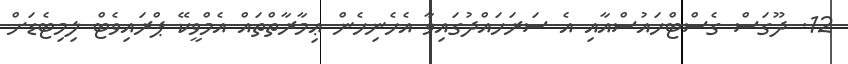
12. ދޫގަސް ގެސްޓްހައުސްއާއި އެ ސަރަހައްދުގައިވާ އެހެނިހެން ޢިމާރާތްތައް އެމްވީކޭ ޕްރައިވެޓް ލިމިޓެޑަށް